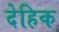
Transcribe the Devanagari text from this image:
देहिक